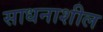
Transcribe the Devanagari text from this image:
साधनाशील